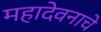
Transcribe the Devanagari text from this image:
महादेवनाचे